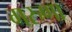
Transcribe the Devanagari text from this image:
गरुणा